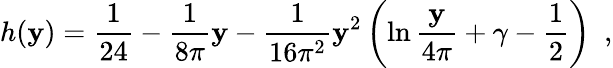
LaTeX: h(\mathbf{y})=\frac{{1}}{{24}}-\frac{{1}}{{8\pi}}\mathbf{y}-\frac{{1}}{{16\pi^{2}}}\mathbf{y}^{2}\left(\ln\frac{{\mathbf{y}}}{{4\pi}}+\gamma-\frac{{1}}{{2}}\right)~~,